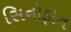
સિનોફોન